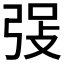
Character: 𪪾